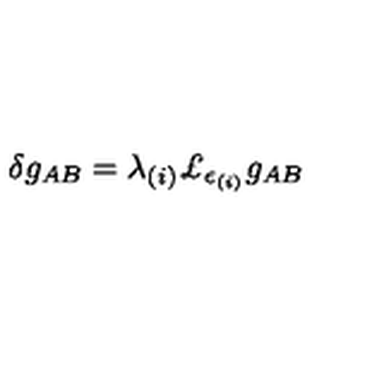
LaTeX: \delta g _ { A B } = \lambda _ { ( i ) } \mathrm { \pounds } _ { \epsilon _ { ( i ) } } g _ { A B }